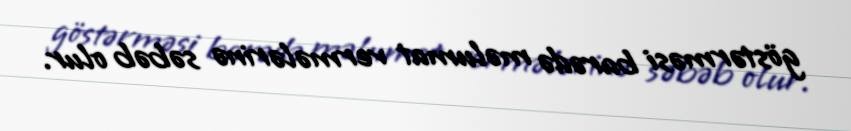
göstərməsi barədə məlumat vermələrinə səbəb olur.